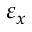
\varepsilon _ { x }